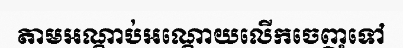
តាមអណ្តាប់អណ្តោយលើកចេញទៅ